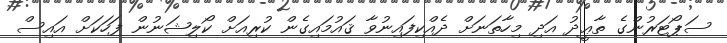
ސަޕޯޓަރުންގެ ތާޢީދު އަދި މިހާތަނަށް ދެއްކިފައިނުވާ ޤައުމައިގެން ކުރިއަށް ކޯލިޝަނުން ފަހަކަށް އައިސް